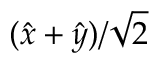
( \hat { x } + \hat { y } ) / \sqrt { 2 }